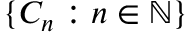
\{ C _ { n } : n \in \mathbb { N } \}